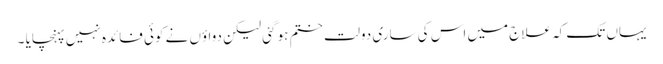
یہاں تک کہ علاج میں اس کی ساری دولت ختم ہو گئی لیکن دواؤں نے کوئی فائدہ نہیں پہنچایا ۔